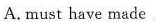
A.must have made